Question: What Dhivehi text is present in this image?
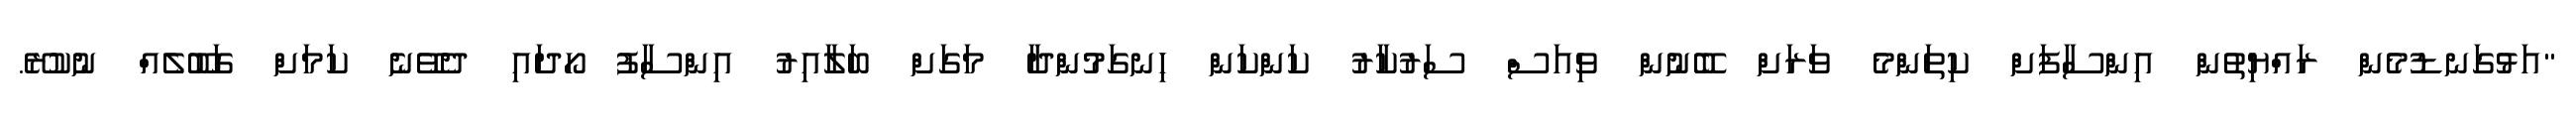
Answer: "އަޅުގަނޑުމެން ރައްޔިތުން އިންސާފަށް ކިތަންމެ ވަރަށް ބޭނުން ވިއަސް ސަރުކާރު ކަންކަން ހިނގަމުންދާ މަގަށް ބަލާއިރު އިންސާފު ހޯދައި ދެވޭނެ ކަމަށް ގަބޫލެއް ނުކުރޭ.